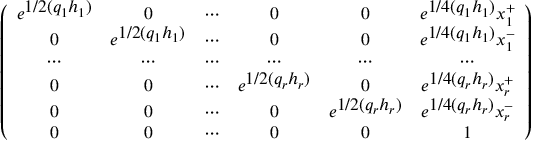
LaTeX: \left( \begin{array} { c c c c c c } { { e ^ { \textstyle 1 / 2 ( q _ { 1 } h _ { 1 } ) } } } & { { 0 } } & { { \cdots } } & { { 0 } } & { { 0 } } & { { e ^ { \textstyle 1 / 4 ( q _ { 1 } h _ { 1 } ) } x _ { 1 } ^ { + } } } \\ { { 0 } } & { { e ^ { \textstyle 1 / 2 ( q _ { 1 } h _ { 1 } ) } } } & { { \cdots } } & { { 0 } } & { { 0 } } & { { e ^ { \textstyle 1 / 4 ( q _ { 1 } h _ { 1 } ) } x _ { 1 } ^ { - } } } \\ { { \cdots } } & { { \cdots } } & { { \cdots } } & { { \cdots } } & { { \cdots } } & { { \cdots } } \\ { { 0 } } & { { 0 } } & { { \cdots } } & { { e ^ { \textstyle 1 / 2 ( q _ { r } h _ { r } ) } } } & { { 0 } } & { { e ^ { \textstyle 1 / 4 ( q _ { r } h _ { r } ) } x _ { r } ^ { + } } } \\ { { 0 } } & { { 0 } } & { { \cdots } } & { { 0 } } & { { e ^ { \textstyle 1 / 2 ( q _ { r } h _ { r } ) } } } & { { e ^ { \textstyle 1 / 4 ( q _ { r } h _ { r } ) } x _ { r } ^ { - } } } \\ { { 0 } } & { { 0 } } & { { \cdots } } & { { 0 } } & { { 0 } } & { { 1 } } \end{array} \right)